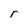
Character: r